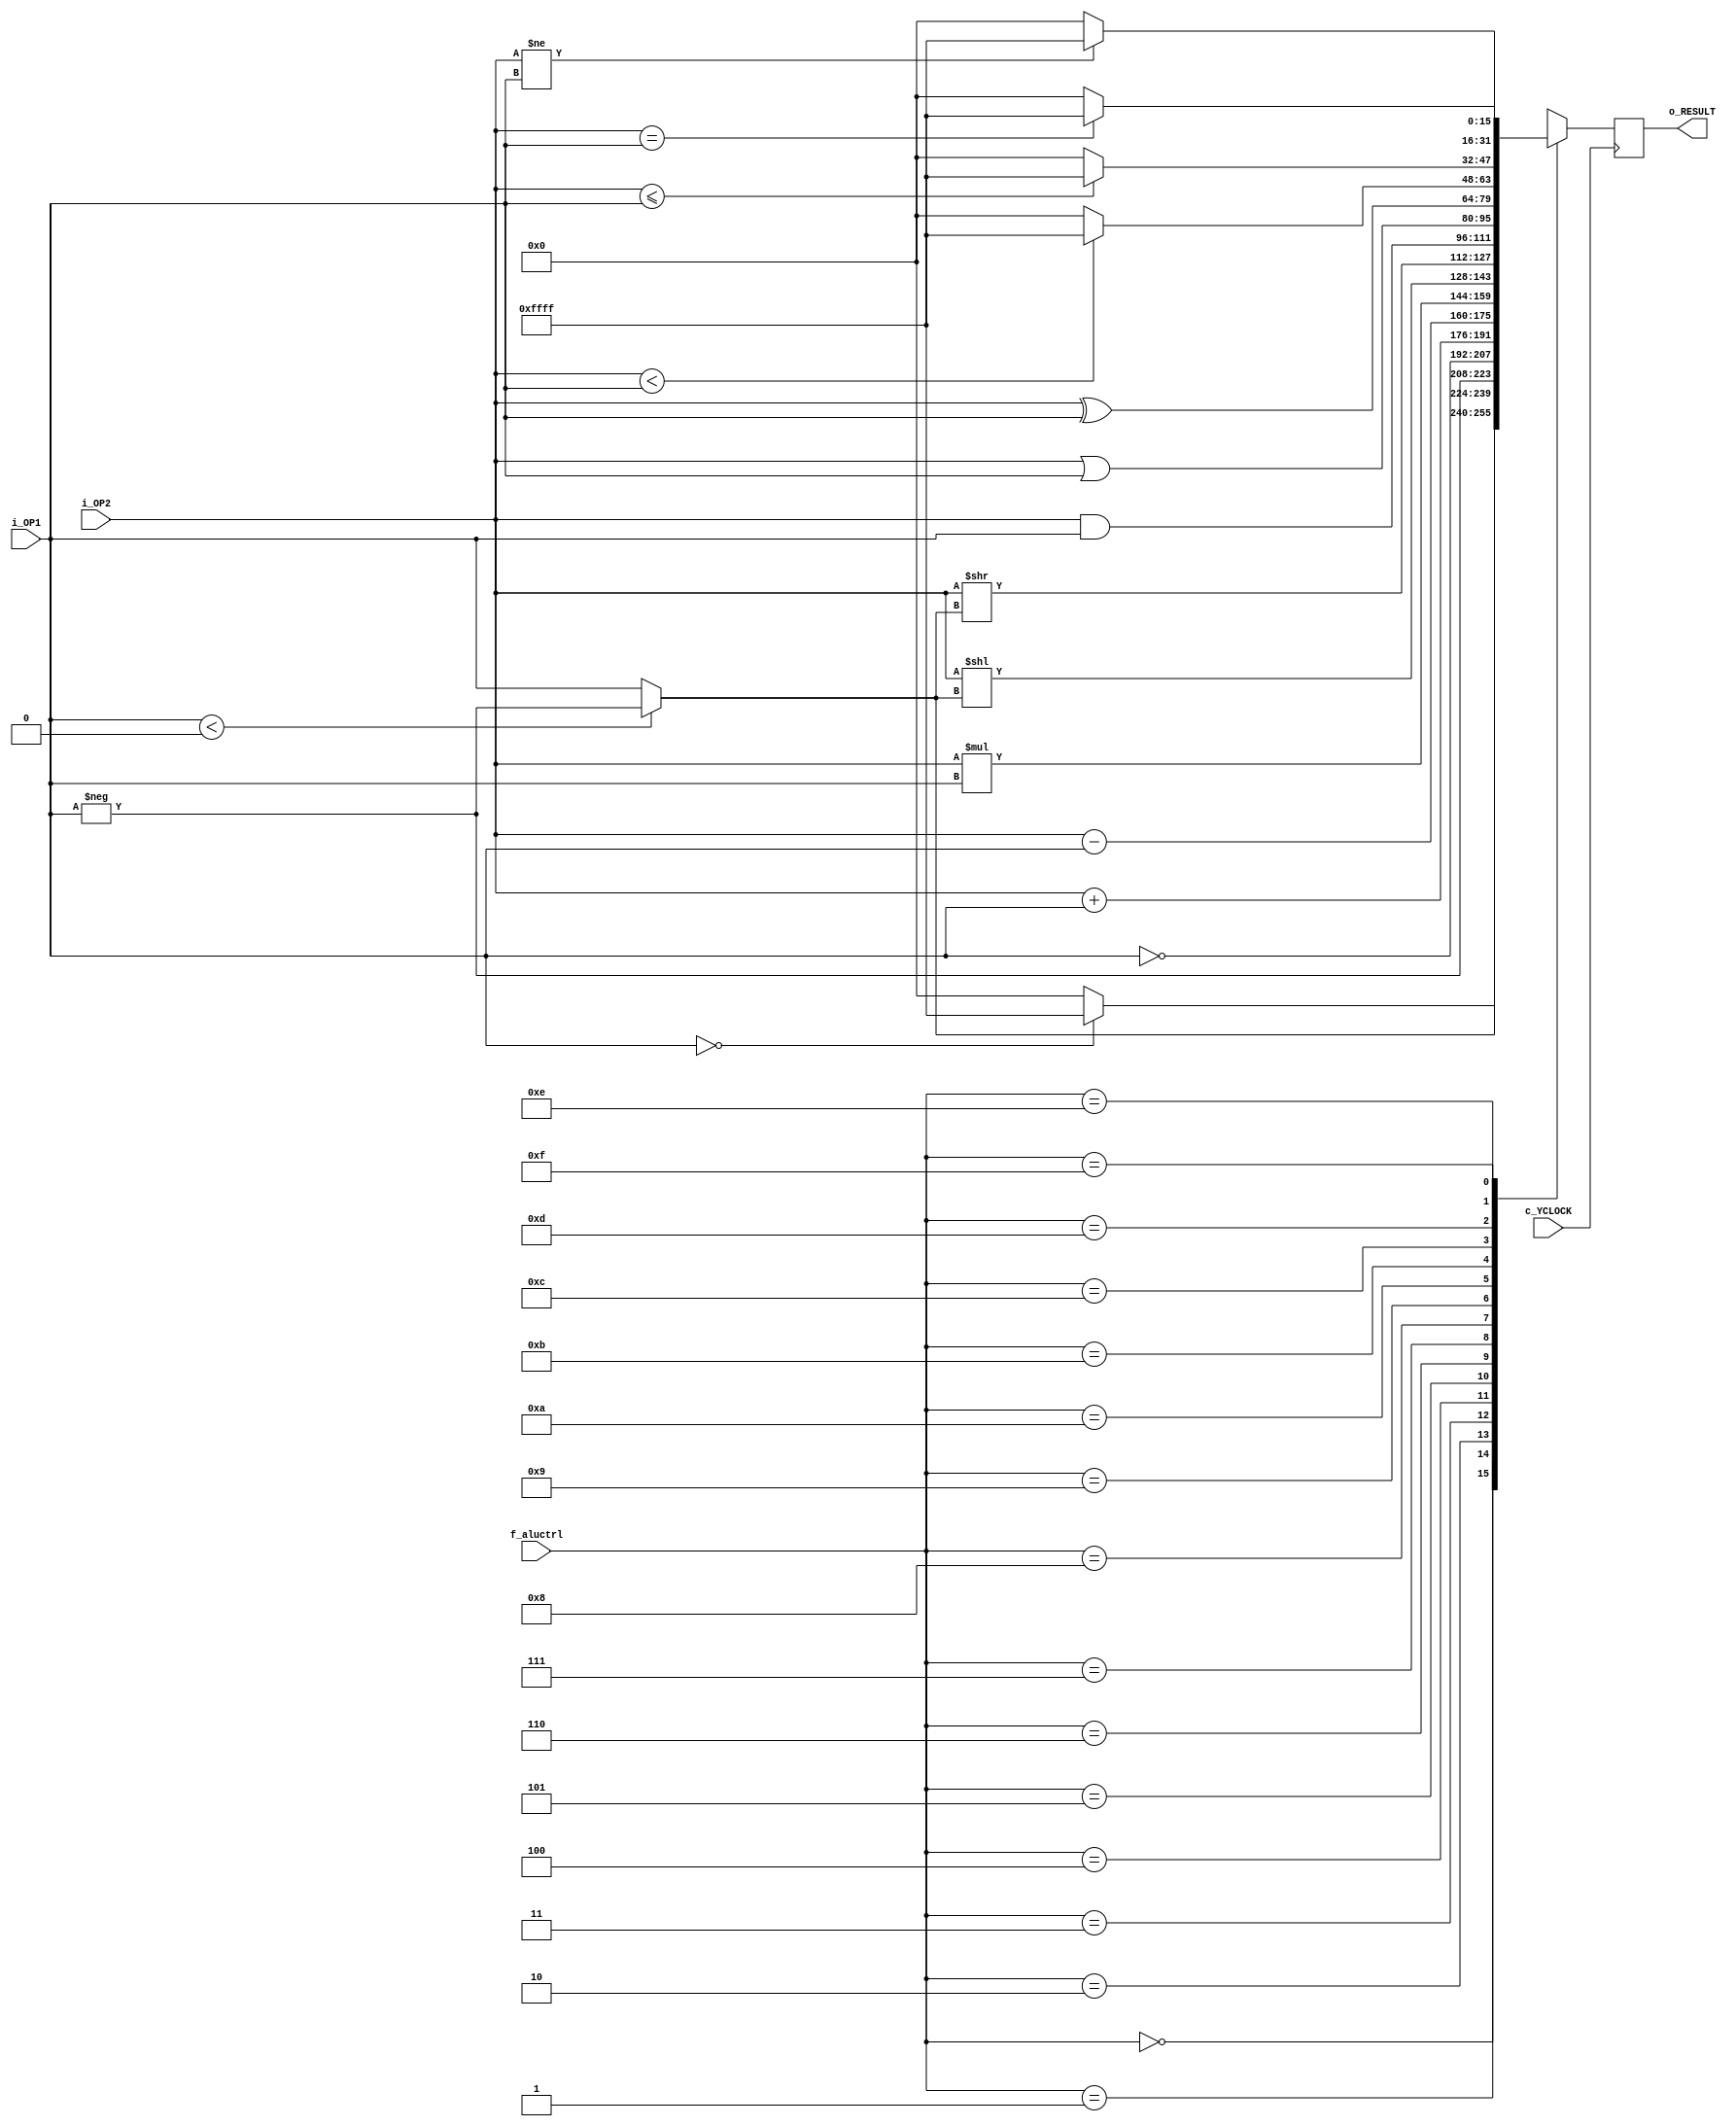

module ALU (
    input signed [15:0] i_OP1,  // Top of the stack
    input signed [15:0] i_OP2,  // 2nd element from stack
    output reg [15:0] o_RESULT, // 
    input c_YCLOCK,             // CLOCK D - Negedge Y
    input [3:0] f_aluctrl       // Control signal
 );

initial begin
    o_RESULT = 0;
end

always @ (negedge c_YCLOCK) begin
    
    case (f_aluctrl)
        
        // Unary Operations: 00XX
        
        4'b0000: o_RESULT <= i_OP1 == 0 ? -1 : 0;                   // 0=
        4'b0001: o_RESULT <= i_OP1 < 0 ? -i_OP1 : i_OP1;            // ABS
        4'b0010: o_RESULT <= -i_OP1;                                // NEGATE
        4'b0011: o_RESULT <= ~i_OP1;                                // INVERT
        
        // Binary Operations
        
        // Arithmetic
        4'b0100: o_RESULT <= i_OP2 + i_OP1;                         // +
        4'b0101: o_RESULT <= i_OP2 - i_OP1;                         // -
        4'b0110: o_RESULT <= i_OP2 * i_OP1;                         // *
        
        // Shifts
        4'b0111: o_RESULT <= i_OP2 << (i_OP1 < 0 ? -i_OP1 : i_OP1); // LSHIFT
        4'b1000: o_RESULT <= i_OP2 >> (i_OP1 < 0 ? -i_OP1 : i_OP1); // RSHIFT
        
        // Logical
        4'b1001: o_RESULT <= i_OP2 & i_OP1;                         // AND
        4'b1010: o_RESULT <= i_OP2 | i_OP1;                         // OR
        4'b1011: o_RESULT <= i_OP2 ^ i_OP1;                         // XOR
        
        4'b1100: o_RESULT <= i_OP2 <  i_OP1 ? -1 : 0; 	   	        // <
        4'b1101: o_RESULT <= i_OP2 <= i_OP1 ? -1 : 0; 	            // <=
        4'b1110: o_RESULT <= i_OP2 == i_OP1 ? -1 : 0; 	            // =
        4'b1111: o_RESULT <= i_OP2 != i_OP1 ? -1 : 0; 	            // <>
        
    endcase
    
end 

endmodule